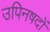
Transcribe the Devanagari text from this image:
उपिनषदों